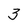
Character: 3